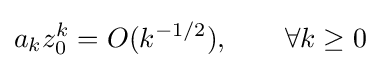
a_{k}z_{0}^{k}=O(k^{-1/2}),\qquad \forall k\geq 0